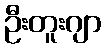
ဦးတူးဂျာ